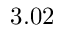
3 . 0 2